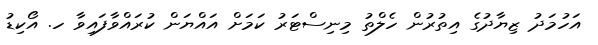
އަހުމަދު ޒިޔާދުގެ އިތުރުން ހެލްތު މިނިސްޓަރު ކަމަށް އައްޔަން ކުރައްވާފައިވާ ހ. އޯކިޑު